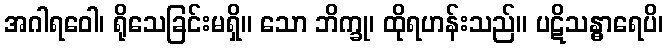
အဂါရဝေါ၊ ရိုသေခြင်းမရှိ။ သော ဘိက္ခု၊ ထိုရဟန်းသည်။ ပဋိသန္ဓာရေပိ၊